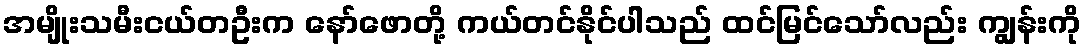
အမျိုးသမီးငယ်တဦးက နော်ဖောတို့ ကယ်တင်နိုင်ပါသည် ထင်မြင်သော်လည်း ကျွန်းကို